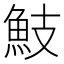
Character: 𩵾